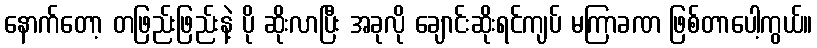
နောက်တော့ တဖြည်းဖြည်းနဲ့ ပို ဆိုးလာပြီး အခုလို ချောင်းဆိုးရင်ကျပ် မကြာခဏ ဖြစ်တာပေါ့ကွယ်။